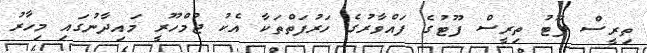
ތިރީސް ފޫޓު ތިރީސް ފޫޓުގެ ފައްވާރުގެ ހަރުފަތްތަކާ އެކު ޖުމްހޫރީ މައިދާނުގައި މިހާރު